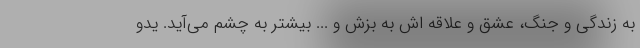
به زندگی و جنگ، عشق و علاقه اش به بزش و ... بیشتر به چشم می‌آید. یدو